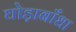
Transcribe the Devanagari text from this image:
घोड़ाबाँधा